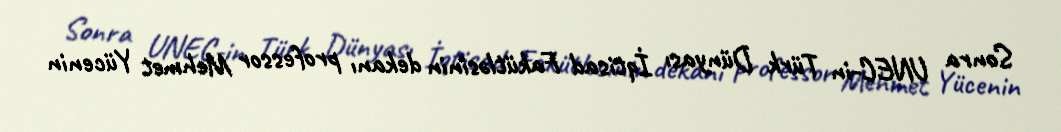
Sonra UNEC-in Türk Dünyası İqtisad Fakütləsinin dekanı professor Mehmet Yücenin